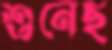
শুনেছ